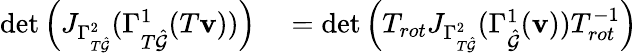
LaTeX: \begin{array}{rl}{\operatorname*{det}\left(J_{\Gamma_{T\hat{\mathcal{G}}}^{2}}(\Gamma_{T\hat{\mathcal{G}}}^{1}(T\mathbf{v}))\right)}&{{}=\operatorname*{det}\left(T_{rot}J_{\Gamma_{T\hat{\mathcal{G}}}^{2}}(\Gamma_{\hat{\mathcal{G}}}^{1}(\mathbf{v}))T_{rot}^{-1}\right)}\end{array}